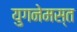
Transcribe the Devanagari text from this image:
युगनेमस्त